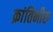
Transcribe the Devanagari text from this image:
क्रांतिभीरु